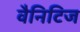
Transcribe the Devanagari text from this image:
वैनिटिज